Insane asylums in Bengal annual reports 1867-1875 - 1867-1875
Year: 1867
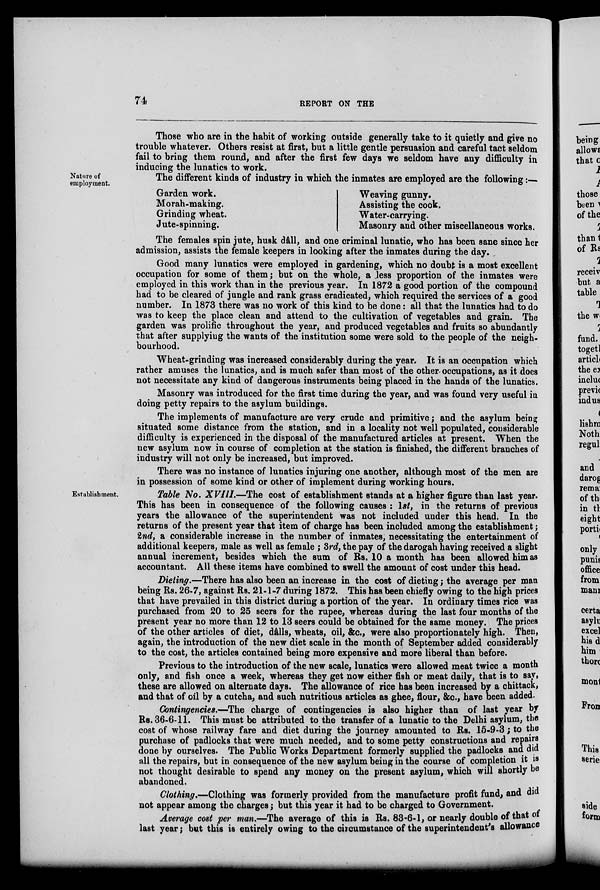
74
REPORT ON THE
Those who are in the habit of working outside generally take to it quietly and give no
trouble whatever. Others resist at first, but a little gentle persuasion and careful tact seldom
fail to bring them round, and after the first few days we seldom have any difficulty in
inducing the lunatics to work.
Nature of
employment.
The different kinds of industry in which the inmates are employed are the following:—
Garden work.
Morah-making.
Grinding wheat.
Jute-spinning.
Weaving gunny.
Assisting the cook.
Water-carrying.
Masonry and other miscellaneous works.
The females spin jute, husk dâll, and one criminal lunatic, who has been sane since her
admission, assists the female keepers in looking after the inmates during the day.
Good many lunatics were employed in gardening, which no doubt is a most excellent
occupation for some of them; but on the whole, a Jess proportion of the inmates were
employed in this work than in the previous year. In 1872 a good portion of the compound
had to be cleared of jungle and rank grass eradicated, which required the services of a good
number. In 1873 there was no work of this kind to be done: all that the lunatics had to do
was to keep the place clean and attend to the cultivation of vegetables and grain. The
garden was prolific throughout the year, and produced vegetables and fruits so abundantly
that after supplyiug the wants of the institution some were sold to the people of the neigh-
bourhood.
Wheat-grinding was increased considerably during the year. It is an occupation which
rather amuses the lunatics, and is much safer than most of the other occupations, as it does
not necessitate any kind of dangerous instruments being placed in the hands of the lunatics.
Masonry was introduced for the first time during the year, and was found very useful in
doing petty repairs to the asylum buildings.
The implements of manufacture are very crude and primitive; and the asylum being
situated some distance from the station, and in a locality not well populated, considerable
difficulty is experienced in the disposal of the manufactured articles at present. When the
new asylum now in course of completion at the station is finished, the different branches of
industry will not only be increased, but improved.
There was no instance of lunatics injuring one another, although most of the men are
in possession of some kind or other of implement during working hours.
Establishment.
Table No. XVIII.—The cost of establishment stands at a higher figure than last year.
This has been in consequence of the following causes : 1st, in the returns of previous
years the allowance of the superintendent was not included under this head. In the
returns of the present year that item of charge has been included among the establishment;
2nd, a considerable increase in the number of inmates, necessitating the entertainment of
additional keepers, male as well as female ; 3rd, the pay of the darogah having received a slight
annual increment, besides which the sum of Rs. 10 a month has been allowed him as
accountant. All these items have combined to swell the amount of cost under this head.
Dieting.—There has also been an increase in the cost of dieting; the average per man
being Rs. 26-7, against Rs. 21-1-7 during 1872. This has been chiefly owing to the high prices
that have prevailed in this district during a portion of the year. In ordinary times rice was
purchased from 20 to 25 seers for the rupee, whereas during the last four months of the
present year no more than 12 to 13 seers could be obtained for the same money. The prices
of the other articles of diet, dâlls, wheats, oil, &c, were also proportionately high. Then,
again, the introduction of the new diet scale in the month of September added considerably
to the cost, the articles contained being more expensive and more liberal than before.
Previous to the introduction of the new scale, lunatics were allowed meat twice a month
only, and fish once a week, whereas they get now either fish or meat daily, that is to say,
these are allowed on alternate days. The allowance of rice has been increased by a chittack,
and that of oil by a cutcha, and such nutritious articles as ghee, flour, &c, have been added.
Contingencies.—The charge of contingencies is also higher than of last year by
Rs. 36-6-11. This must be attributed to the transfer of a lunatic to the Delhi asylum, the
cost of whose railway fare and diet during the journey amounted to Rs. 15-9-3 ; to the
purchase of padlocks that were much needed, and to some petty constructions and repairs
done by ourselves. The Public Works Department formerly supplied the padlocks and did
all the repairs, but in consequence of the new asylum beiug in the course of completion it is
not thought desirable to spend any money on the present asylum, which will shortly be
abandoned.
Clothing.—Clothing was formerly provided from the manufacture profit fund, and did
not appear among the charges; but this year it had to be charged to Government.
Average cost per man.—The average of this is Rs. 83-6-1, or nearly double of that of
last year; but this is entirely owing to the circumstance of the superintendent's allowance